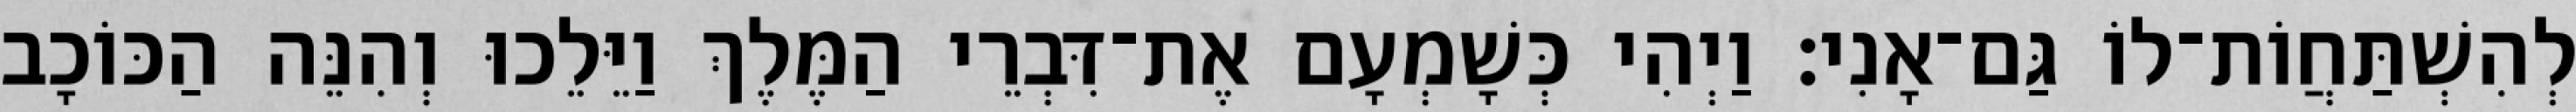
לְהִשְׁתַּחֲוֹת־לוֹ גַּם־אָנִי׃ וַיְהִי כְּשָׁמְעָם אֶת־דִּבְרֵי הַמֶּלֶךְ וַיֵּלֵכוּ וְהִנֵּה הַכּוֹכָב